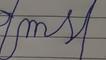
Signature authenticity: forged